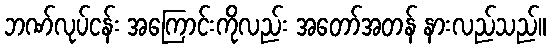
ဘဏ်လုပ်ငန်း အကြောင်းကိုလည်း အတော်အတန် နားလည်သည်။